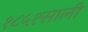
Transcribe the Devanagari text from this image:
१८५१साली